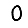
Digit: 0